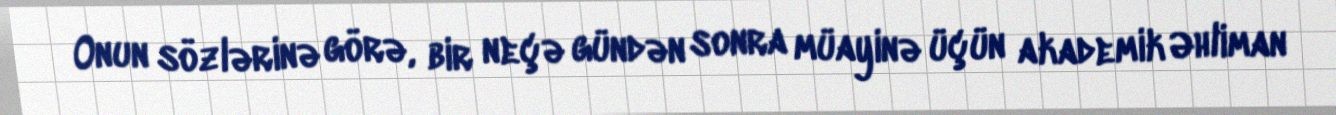
Onun sözlərinə görə, bir neçə gündən sonra müayinə üçün akademik Əhliman